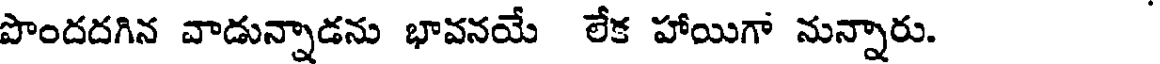
పొందదగిన వాడున్నాడను భావనయే లేక హాయిగా నున్నారు.